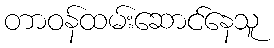
တာဝန်ထမ်းဆောင်နေသူ